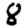
Digit: 8